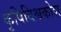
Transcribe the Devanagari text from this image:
कृषिविश्वकोश